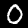
Digit: 0